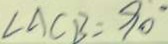
\angle A C B = 9 0 ^ { \circ }